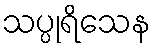
သပ္ပုရိသေန